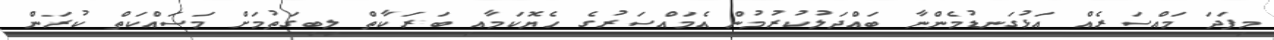
މިފަދަ މައްސަރެއް އަޅުގަނޑުމެންނާ ބައްދަލުކުރުމުން އެމައްސަރުގެ ހެޔޮކަމާއި ބަރަކާތް ލިބިގަތުމަށް މަސައްކަތް ކުރަން